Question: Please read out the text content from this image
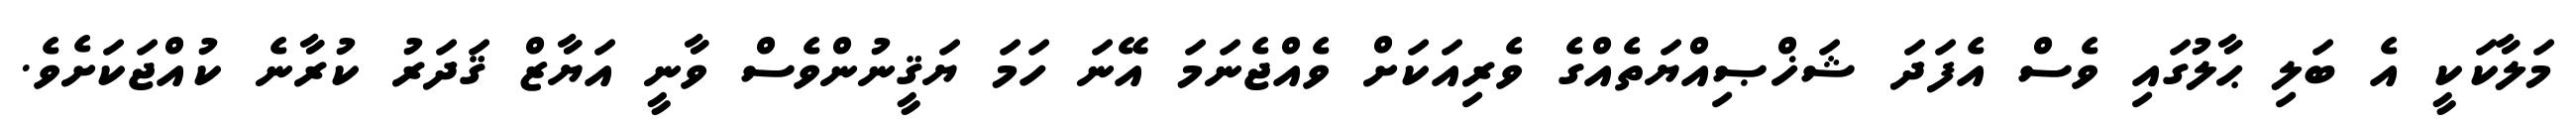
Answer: މަލާކަކީ އެ ބަލި ޙާލުގައި ވެސް އެފަދަ ޝަޚްޞިއްޔަތެއްގެ ވެރިއަކަށް ވެއްޖެނަމަ އޭނަ ހަމަ ޔަޤީނުންވެސް ވާނީ އަޔާޒް ޤަދަރު ކުރާނެ ކުއްޖަކަށެވެ.